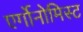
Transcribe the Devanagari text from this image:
एर्गोनोमिस्ट